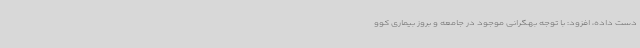
دست داده، افزود: با توجه بهگرانی موجود در جامعه و بروز بیماری کوو